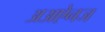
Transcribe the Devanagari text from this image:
अअऐनज